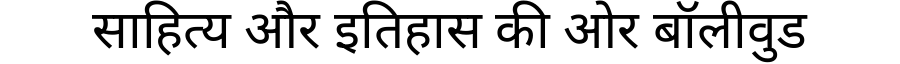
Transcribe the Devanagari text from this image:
साहित्य और इतिहास की ओर बॉलीवुड